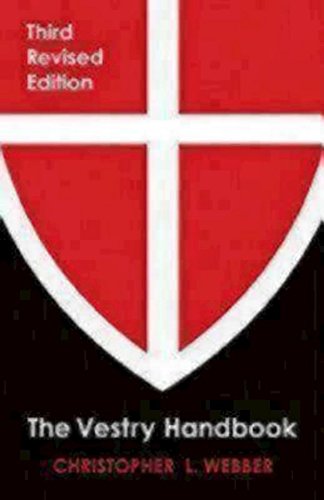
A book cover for The Vestry Handbook: Third Revised Edition; Christopher L. Webber; Christian Books & Bibles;